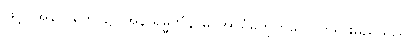
ဖြင့်။ အနာဂတေ၊ ၌။ အနာရမ္မဏံနာမ၊ အာရုံမဟုတ်သောတရားမည်သည်။